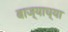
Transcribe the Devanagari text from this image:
बाज्याच्या